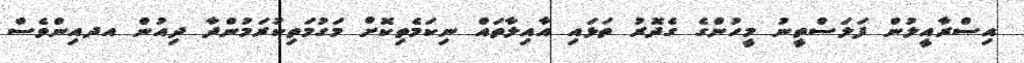
އިސްރާއީލުން ފަލަސްތީނު މީހުންގެ ގެދޮރު ތަޅައި އާއިލާތައް ނިކަމެތިކޮށް މަގުމަތިކުރަމުންދާ ދިއުން އދއިންވެސް